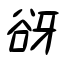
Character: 谺